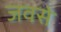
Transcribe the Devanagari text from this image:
जवसे